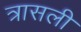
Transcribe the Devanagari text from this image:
त्रासली